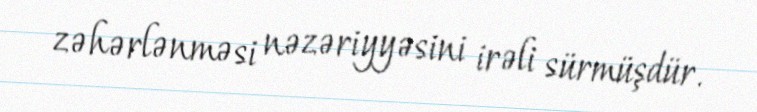
zəhərlənməsi nəzəriyyəsini irəli sürmüşdür.